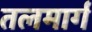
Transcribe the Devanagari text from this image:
तलमार्ग